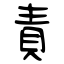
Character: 責